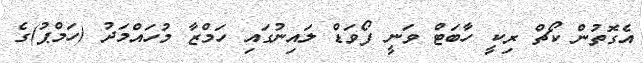
އެގޮތުން ކޯޗް ރިކީ ހާބަޓް ވަނީ ފޯވަޑް ލައިނުގައި ހަމްޒާ މުހައްމަދު (ހަމްޕު)ގެ